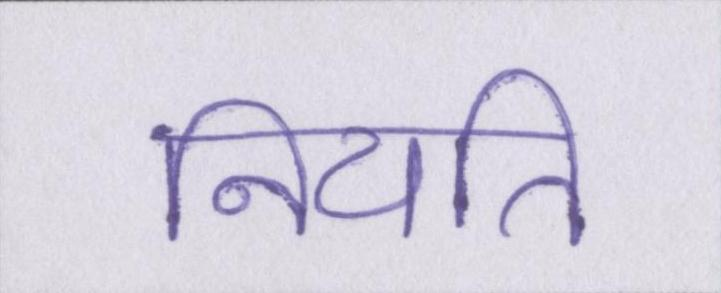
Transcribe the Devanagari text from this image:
नियति